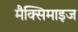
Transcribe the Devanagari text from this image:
मैक्सिमाइज